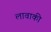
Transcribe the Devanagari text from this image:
लावाकी